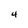
Character: 4